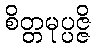
စိတ္တမုပ္ပဇ္ဇိ